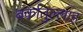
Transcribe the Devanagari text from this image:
बर्कातुल्लाह